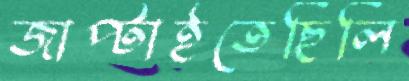
জাপ্‌টাইতেছিলি